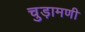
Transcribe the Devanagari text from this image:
चुड़ामणी